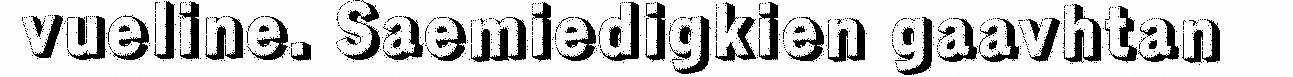
vueline. Saemiedigkien gaavhtan